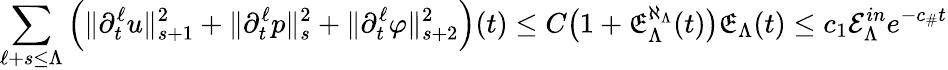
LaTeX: \sum_{\ell+s\leq\Lambda}\Big(\| \partial_{t}^{\ell}u\| _{s+1}^{2}+\| \partial_{t}^{\ell}p\| _{s}^{2}+\| \partial_{t}^{\ell}\varphi\| _{s+2}^{2}\Big)(t)\leq C\big(1+\mathfrak{E}_{\Lambda}^{\aleph_{\Lambda}}(t)\big)\mathfrak{E}_{\Lambda}(t)\leq c_{1}\mathcal{E}_{\Lambda}^{in}e^{-c_{\# }t}